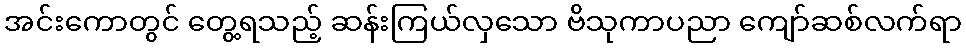
အင်းကောတွင် တွေ့ရသည့် ဆန်းကြယ်လှသော ဗိသုကာပညာ ကျော်ဆစ်လက်ရာ